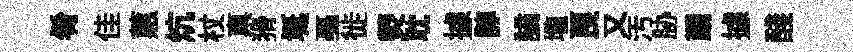
肴佳蕙炕杖禀猾埏戞徙熒耽據諄謫壠良又汚胁覲據醆